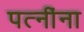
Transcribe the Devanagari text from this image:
पत्‍नींना